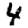
Digit: 4